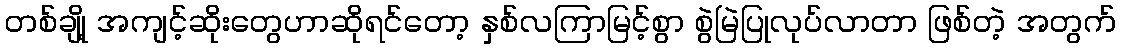
တစ်ချို့ အကျင့်ဆိုးတွေဟာဆိုရင်တော့ နှစ်လကြာမြင့်စွာ စွဲမြဲပြုလုပ်လာတာ ဖြစ်တဲ့ အတွက်